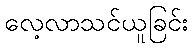
လေ့လာသင်ယူခြင်း